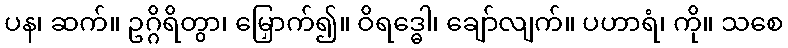
ပန၊ ဆက်။ ဥဂ္ဂိရိတွာ၊ မြှောက်၍။ ဝိရဒ္ဓေါ၊ ချော်လျက်။ ပဟာရံ၊ ကို။ သစေ